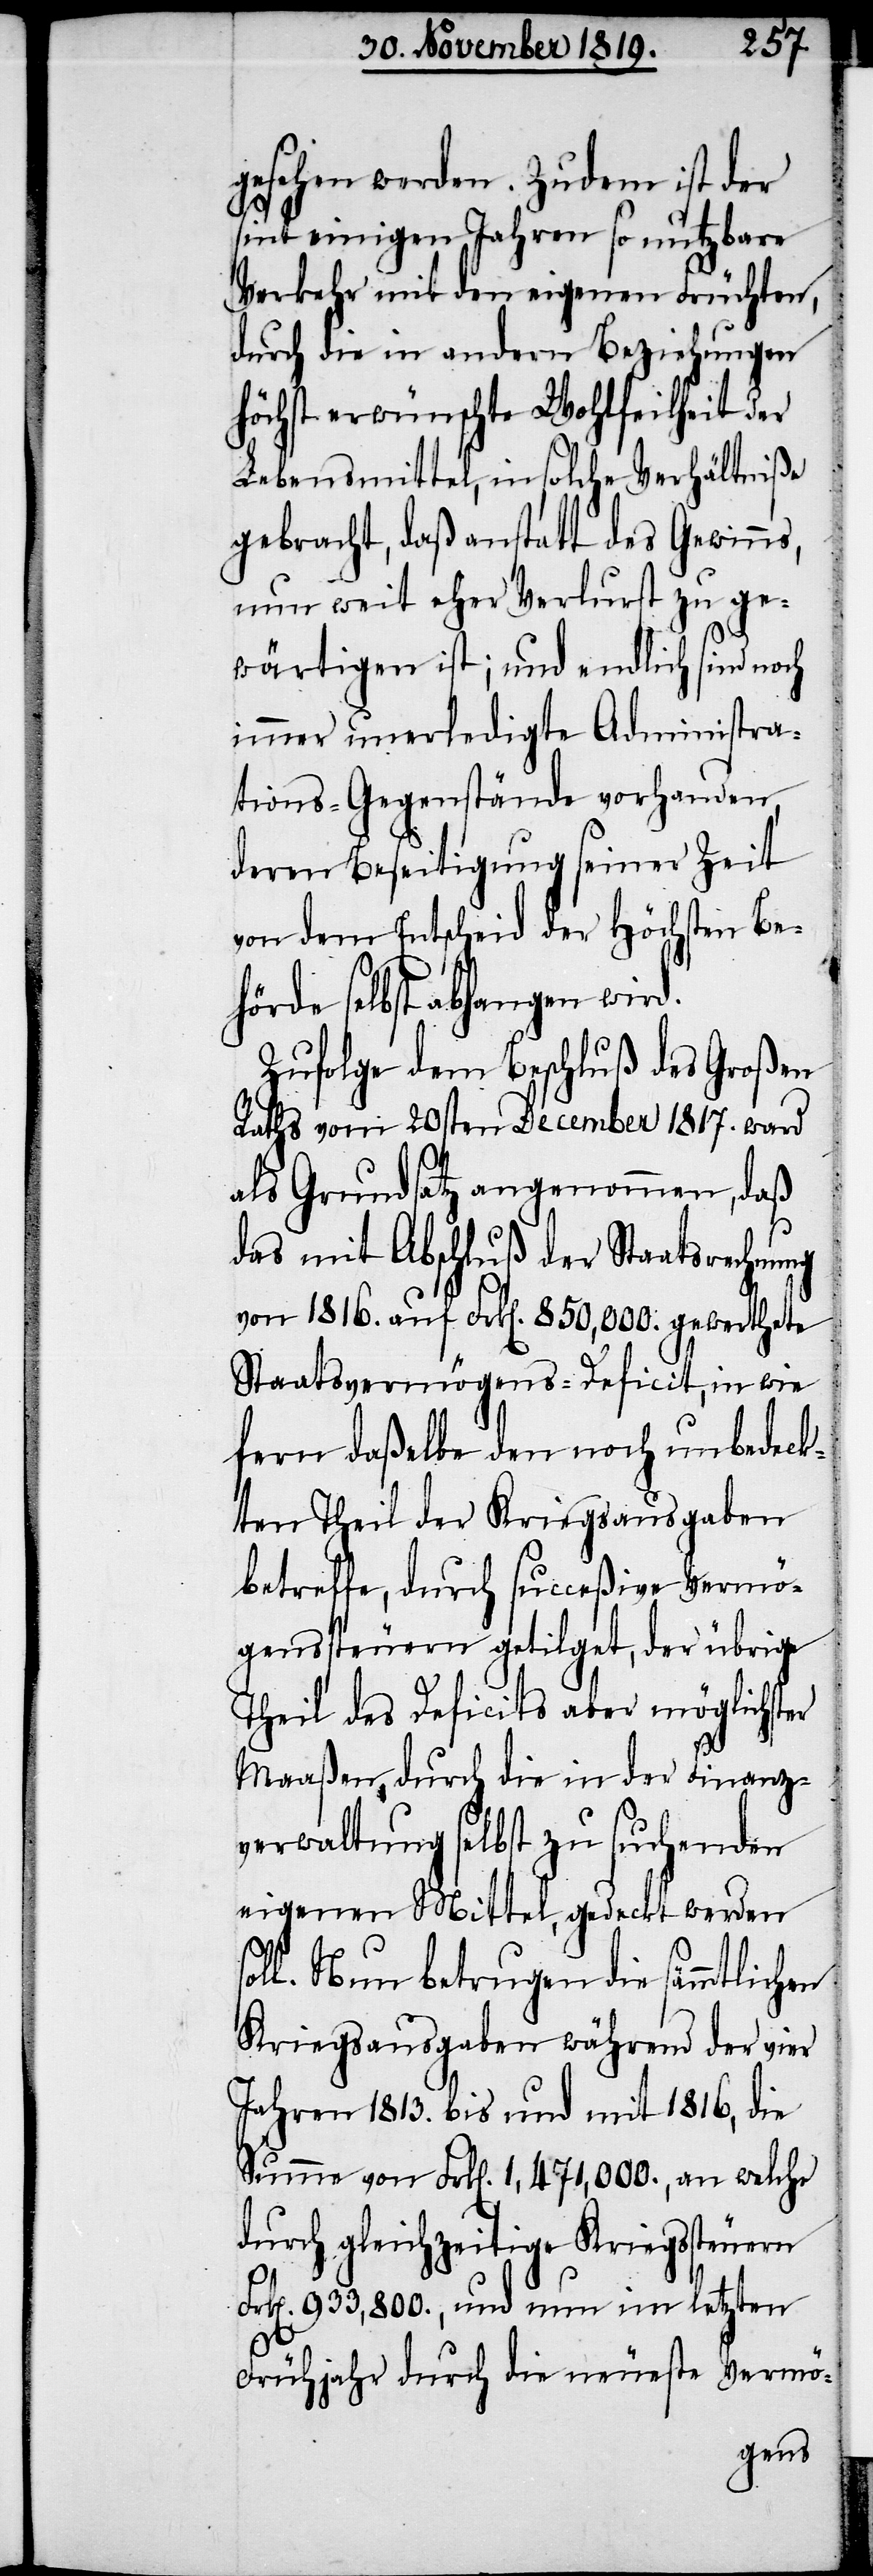
gesehen werden. Zudem ist der
sint einigen Jahren so nutzbare
Verkehr mit den eigenen Früchten,
durch die in andern Beziehungen
höchst erwünschte Wohlfeilheit der
Lebensmittel, in solche Verhältniße
gebracht, daß anstatt des Gewinns,
nun weit eher Verlurst zu ge¬
wärtigen ist; und endlich sind noch
immer unerledigte Administra¬
tions-Gegenstände vorhanden,
deren Beseitigung seiner Zeit
von dem Entscheid der Höchsten Beh¬
örde selbst abhangen wird.
Zufolge dem Beschluß des Großen
Raths vom 20sten December 1817. ward
als Grundsatz angenommen, daß
das mit Abschluß der Staatsrechnung
von 1816. auf Frk[en]. 850,000. gewerthete
Staatsvermögens-Deficit, in wie
fern daßelbe den noch unbedeck¬
ten Theil der Kriegsausgaben
betreffe, durch succeßive Vermö¬
genssteuern getilget, der übrige
Theil des Deficits aber möglichster
Maaßen durch die in der Finanz¬
verwaltung selbst zu suchenden
eigenen Mittel, gedeckt werden so¬
ll. Nun betrugen die sämmtlichen
Kriegsausgaben während der vier
Jahren 1813. bis und mit 1816, die
Summe von Frk[en]. 1,471,000., an welche
durch gleichzeitige Kriegssteuern
Frk[en]. 933,800., und nun im letzten
Frühjahr durch die neueste Vermö-